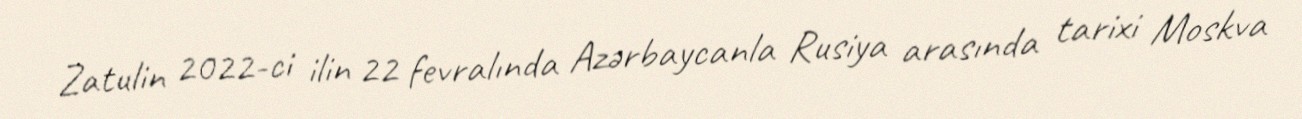
Zatulin 2022-ci ilin 22 fevralında Azərbaycanla Rusiya arasında tarixi Moskva